Plague in India, 1896, 1897 - Volume 3
Year: 1896
Disease focus: Plague
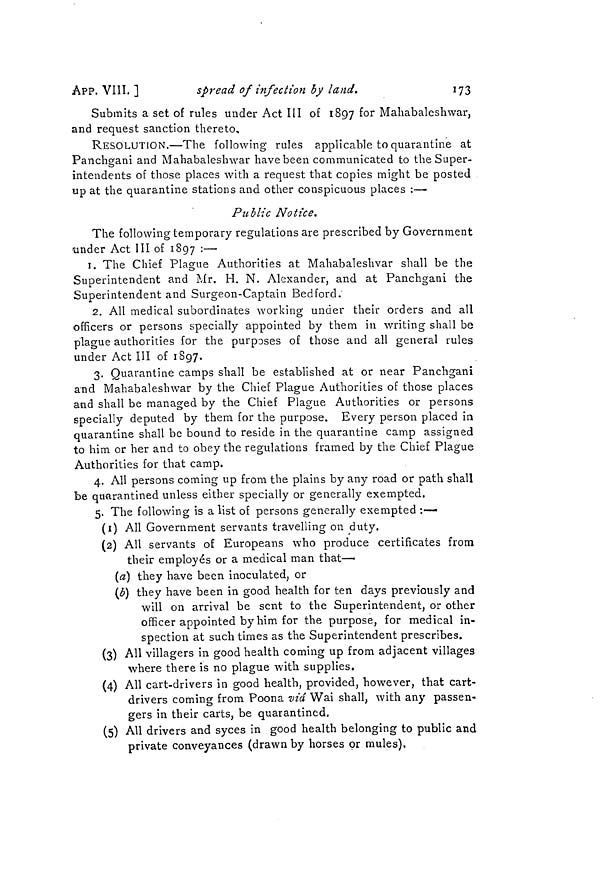
APP. VIII. ]
spread of infection by land.
173
Submits a set of rules under Act III of 1897 for Mahabaleshwar,
and request sanction thereto,
RESOLUTION.—The following rules applicable to quarantine at
Panchgani and Mahabaleshwar have been communicated to the Super-
intendents of those places with a request that copies might be posted
up at the quarantine stations and other conspicuous places :—•
Public Notice.
The following temporary regulations are prescribed by Government
under Act III of 1897 : —
1. The Chief Plague Authorities at Mahabaleshvar shall be the
Superintendent and Mr. H. N. Alexander, and at Panchgani the
Superintendent and Surgeon-Captain Bedford.
2. All medical subordinates working under their orders and all
officers or persons specially appointed by them in writing shall be
plague authorities for the purposes of those and all general rules
under Act III of 1897.
3. Quarantine camps shall be established at or near Panchgani
and Mahabaleshwar by the Chief Plague Authorities of those places
and shall be managed by the Chief Plague Authorities or persons
specially deputed by them for the purpose. Every person placed in
quarantine shall be bound to reside in the quarantine camp assigned
to him or her and to obey the regulations framed by the Chief Plague
Authorities for that camp.
4. All persons coming up from the plains by any road or path shall
be quarantined unless either specially or generally exempted.
5. The following is a list of persons generally exempted :—
(1) All Government servants travelling on duty.
(2) All servants of Europeans who produce certificates from
their employés or a medical man that—
(a) they have been inoculated, or
(b) they have been in good health for ten days previously and
will on arrival be sent to the Superintendent, or other
officer appointed by him for the purpose, for medical in-
spection at such times as the Superintendent prescribes.
(3) All villagers in good health coming up from adjacent villages
where there is no plague with supplies.
(4) All cart-drivers in good health, provided, however, that cart-
drivers coming from Poona vid Wai shall, with any passen-
gers in their carts, be quarantined.
(5) All drivers and syces in good health belonging to public and
private conveyances (drawn by horses or mules).